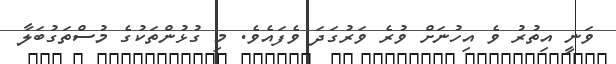
ވަނީ އިތުރު ވެ އިހުނަށް ވުރެ ވަރުގަދަ ވެފައެވެ. މި ގުޅުންތަކުގެ މުސްތަގުބަލާ